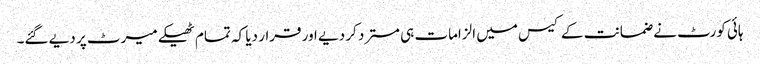
ہائی کورٹ نے ضمانت کے کیس میں الزامات ہی مسترد کر دیے اور قرار دیا کہ تمام ٹھیکے میرٹ پر دیے گئے۔